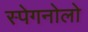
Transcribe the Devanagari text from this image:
स्पेगनोलो